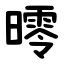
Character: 㬡